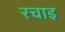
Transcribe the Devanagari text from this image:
रचाइ